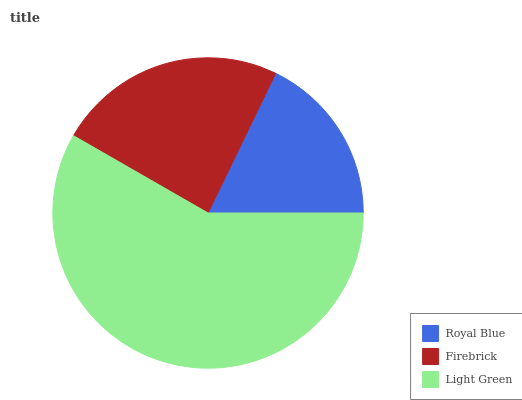
| Royal Blue | Firebrick | Light Green |
 | --- | --- | --- |
 | 17.8% | 23.9% | 58.3% |